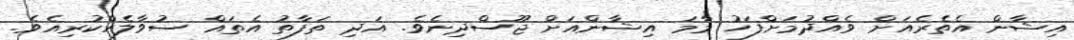
އިޝާން އެތެރެއަށް ވެއްދުމަށްފަހު މާމަ އިޝާންއަށް ޖޫސްދިނެވެ. އަދި ތަފާތު އެތައް ސުވާލެއްކުރިއެވެ.